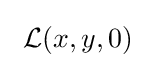
\ {\mathcal {L}}(x,y,0)~